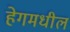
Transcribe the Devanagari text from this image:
हेगमधील